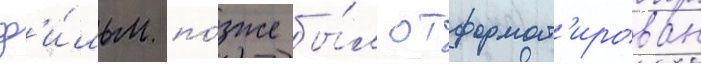
ф'и́льм по́зже бы́л отформат'ирован